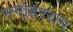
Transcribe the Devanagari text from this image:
मनोहरराम